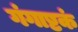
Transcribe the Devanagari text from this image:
गंगाष्टकं